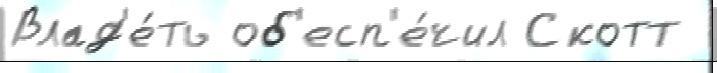
Влад'е́ть об'есп'е́чил Скотт